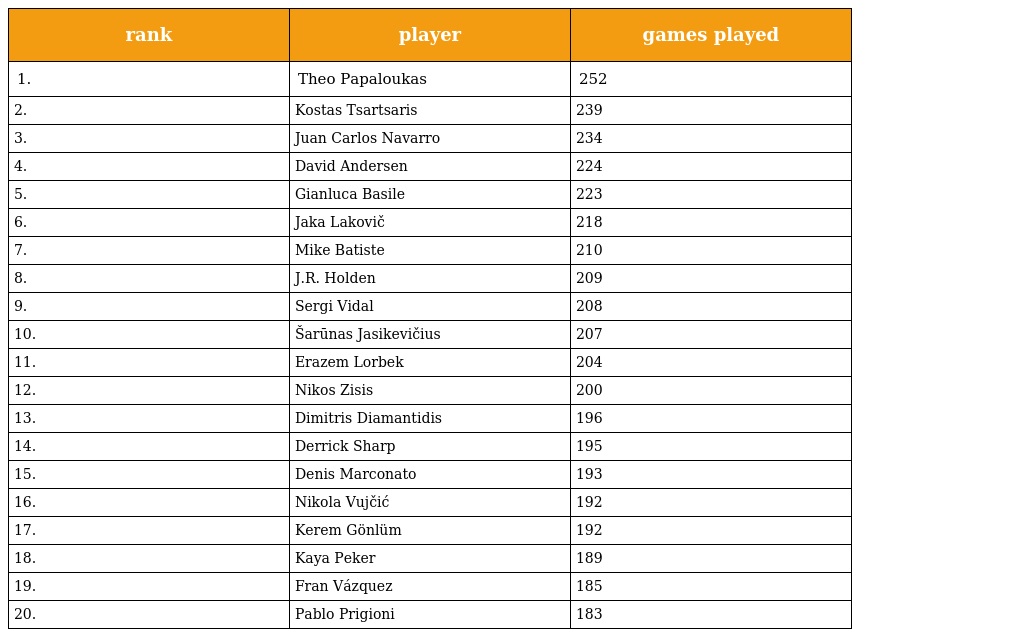
| rank | player | games played |
 | --- | --- | --- |
 | 1. | Theo Papaloukas | 252 |
 | 2. | Kostas Tsartsaris | 239 |
 | 3. | Juan Carlos Navarro | 234 |
 | 4. | David Andersen | 224 |
 | 5. | Gianluca Basile | 223 |
 | 6. | Jaka Lakovič | 218 |
 | 7. | Mike Batiste | 210 |
 | 8. | J.R. Holden | 209 |
 | 9. | Sergi Vidal | 208 |
 | 10. | Šarūnas Jasikevičius | 207 |
 | 11. | Erazem Lorbek | 204 |
 | 12. | Nikos Zisis | 200 |
 | 13. | Dimitris Diamantidis | 196 |
 | 14. | Derrick Sharp | 195 |
 | 15. | Denis Marconato | 193 |
 | 16. | Nikola Vujčić | 192 |
 | 17. | Kerem Gönlüm | 192 |
 | 18. | Kaya Peker | 189 |
 | 19. | Fran Vázquez | 185 |
 | 20. | Pablo Prigioni | 183 |